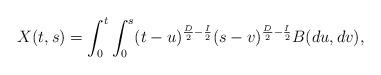
LaTeX: \begin{align*}X(t, s)=\int_{0}^{t}\int_{0}^{s}(t-u)^{\frac{D}{2}-\frac{I}{2}}(s-v)^{\frac{D}{2}-\frac{I}{2}}B(du, dv),\end{align*}